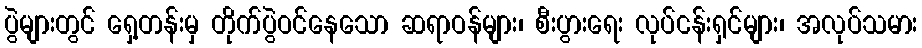
ပွဲများတွင် ရှေ့တန်းမှ တိုက်ပွဲဝင်နေသော ဆရာဝန်များ၊ စီးပွားရေး လုပ်ငန်းရှင်များ၊ အလုပ်သမား